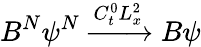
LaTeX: B^{N}\psi^{N}\xrightarrow[]{C_{t}^{0}L_{x}^{2}}B\psi